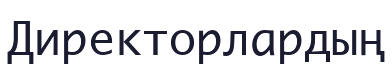
Директорлардың